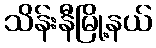
သိန်းနီမြို့နယ်